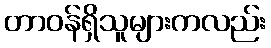
တာဝန်ရှိသူများကလည်း